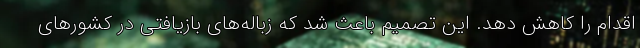
اقدام را کاهش دهد. این تصمیم باعث شد که زباله‌های بازیافتی در کشورهای